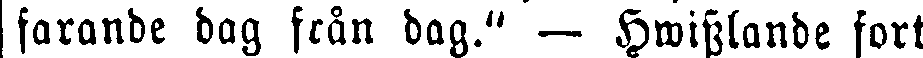
farande dag från dag." — Hwisslande fort